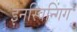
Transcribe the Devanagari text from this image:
इनस्विन्गिंग